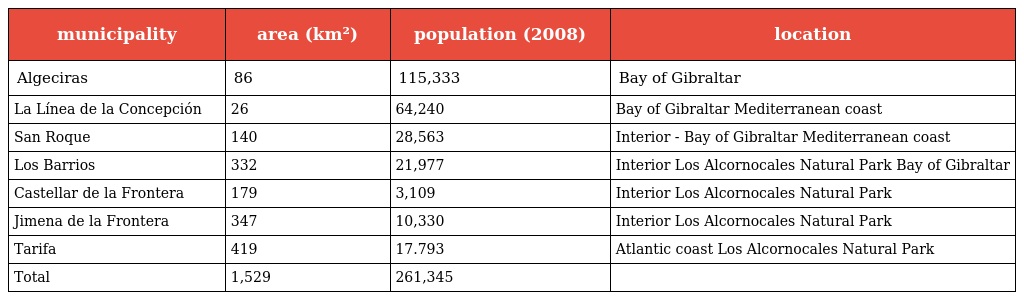
| municipality | area (km²) | population (2008) | location |
 | --- | --- | --- | --- |
 | Algeciras | 86 | 115,333 | Bay of Gibraltar |
 | La Línea de la Concepción | 26 | 64,240 | Bay of Gibraltar Mediterranean coast |
 | San Roque | 140 | 28,563 | Interior - Bay of Gibraltar Mediterranean coast |
 | Los Barrios | 332 | 21,977 | Interior Los Alcornocales Natural Park Bay of Gibraltar |
 | Castellar de la Frontera | 179 | 3,109 | Interior Los Alcornocales Natural Park |
 | Jimena de la Frontera | 347 | 10,330 | Interior Los Alcornocales Natural Park |
 | Tarifa | 419 | 17.793 | Atlantic coast Los Alcornocales Natural Park |
 | Total | 1,529 | 261,345 |  |